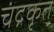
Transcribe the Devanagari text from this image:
चंद्रकृत